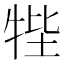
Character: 𤙞